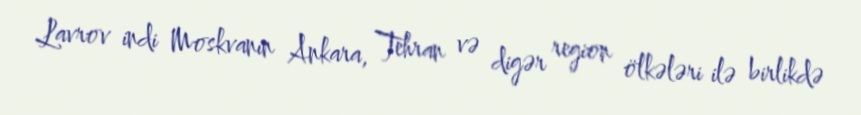
Lavrov indi Moskvanın Ankara, Tehran və digər region ölkələri ilə birlikdə